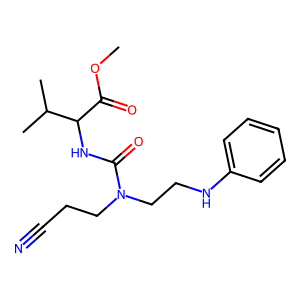
SMILES: COC(=O)C(NC(=O)N(CCC#N)CCNc1ccccc1)C(C)C
Inhibits HIV replication: No